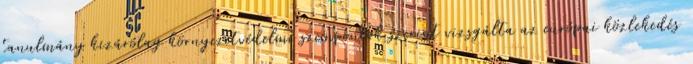
tanulmány kizárólag környezetvédelmi szempontok szerint vizsgálta az európai közlekedés